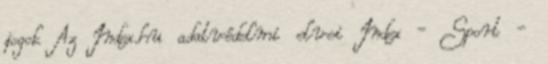
jogok Az Index.hu adatvédelmi elvei Index - Sport -